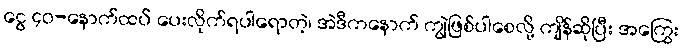
ငွေ ၄၀-နောက်ထပ် ပေးလိုက်ရပါရောတဲ့၊ အဲဒီကနောက် ကျွဲဖြစ်ပါစေလို့ ကျိန်ဆိုပြီး အကြွေး